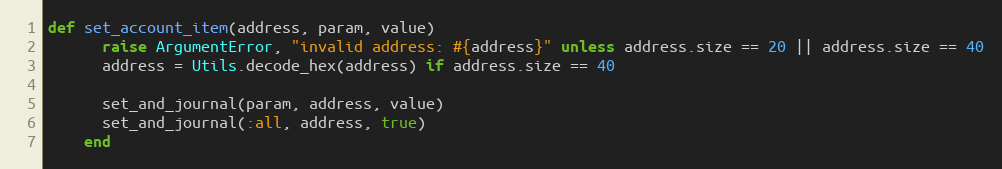
Language: Ruby
def set_account_item(address, param, value)
      raise ArgumentError, "invalid address: #{address}" unless address.size == 20 || address.size == 40
      address = Utils.decode_hex(address) if address.size == 40

      set_and_journal(param, address, value)
      set_and_journal(:all, address, true)
    end